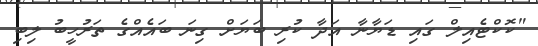
"ކޮކްޓެއިލް ގައި ޑަޔާނާ އަދާ ކުރި ބަޔަށް ގިނަ ބައެއްގެ ތަރުހީބު ލިބި